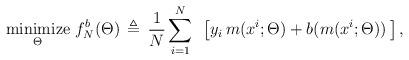
LaTeX: \begin{align*} \displaystyle{\operatornamewithlimits{\mbox{minimize}}_{\Theta}} \ f_N^b(\Theta) \, \triangleq \, \displaystyle{\frac{1}{N}} \, \displaystyle{\sum_{i=1}^N} \, \ \left[ y_i \, m(x^i;\Theta) + b(m(x^i;\Theta)) \, \right],\end{align*}